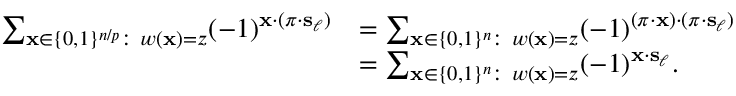
\begin{array} { r l } { \sum _ { \mathbf { x } \in \{ 0 , 1 \} ^ { n / p } : \ w ( \mathbf { x } ) = z } ( - 1 ) ^ { \mathbf { x } \cdot ( \pi \cdot \mathbf { s } _ { \ell } ) } } & { = \sum _ { \mathbf { x } \in \{ 0 , 1 \} ^ { n } : \ w ( \mathbf { x } ) = z } ( - 1 ) ^ { ( \pi \cdot \mathbf { x } ) \cdot ( \pi \cdot \mathbf { s } _ { \ell } ) } } \\ & { = \sum _ { \mathbf { x } \in \{ 0 , 1 \} ^ { n } : \ w ( \mathbf { x } ) = z } ( - 1 ) ^ { \mathbf { x } \cdot \mathbf { s } _ { \ell } } . } \end{array}